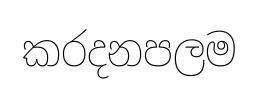
කරදනපලම